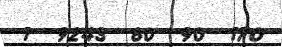
1  9243  80  90  170